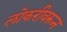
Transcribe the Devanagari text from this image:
लोकरीवरून